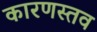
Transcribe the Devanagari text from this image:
कारणस्तव